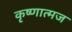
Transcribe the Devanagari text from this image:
कृष्णात्मज